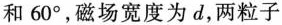
和60^{\circ}，磁场宽度为d，两粒子